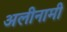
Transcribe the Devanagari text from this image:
अलीनामी